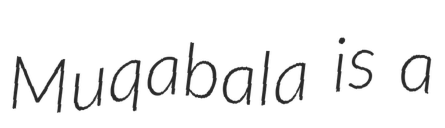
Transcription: Muqabala is a